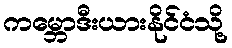
ကမ္ဘောဒီးယားနိုင်ငံသို့